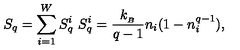
S _ { q } = \sum _ { i = 1 } ^ { W } S _ { q } ^ { i } \ S _ { q } ^ { i } = \frac { k _ { _ B } } { q - 1 } n _ { i } ( 1 - n _ { i } ^ { q - 1 } ) ,